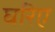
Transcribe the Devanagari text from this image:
घरिए